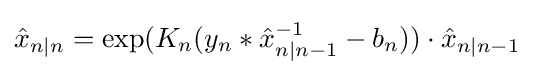
{\hat {x}}_{n|n}=\exp(K_{n}(y_{n}*{\hat {x}}_{n|n-1}^{-1}-b_{n}))\cdot {\hat {x}}_{n|n-1}